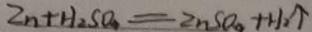
Z n + H _ { 2 } S O _ { 4 } = Z n S o _ { 4 } + H _ { 2 } \uparrow